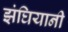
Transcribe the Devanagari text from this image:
झंघियानी